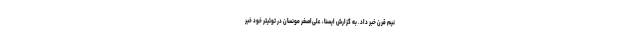
نیم قرن خبر داد. به گزارش ایسنا، علی‌اصغر مونسان در توئیتر خود خبر